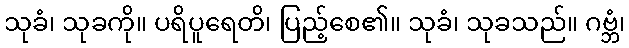
သုခံ၊ သုခကို။ ပရိပူရေတိ၊ ပြည့်စေ၏။ သုခံ၊ သုခသည်။ ဂဗ္ဘံ၊